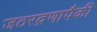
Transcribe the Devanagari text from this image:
जठरव्रणापैकी